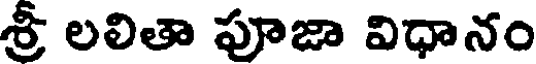
శ్రీ లలితా పూజా విధానం